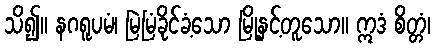
သိ၍။ နဂရူပမံ၊ မြဲမြံခိုင်ခံ့သော မြို့နှင့်တူသော။ ဣဒံ စိတ္တံ၊